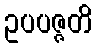
ဥပပဇ္ဇတိ